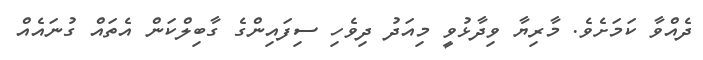
ދެއްވާ ކަމަށެވެ. މާރިޔާ ވިދާޅުވީ މިއަދު ދިވެހި ސިފައިންގެ ގާބިލްކަން އެތައް ގުނައެއް